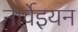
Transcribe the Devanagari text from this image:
नार्वेइयन